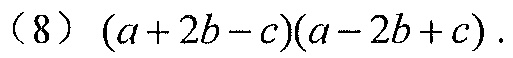
（8）\((a + 2b - c)(a - 2b + c)\).